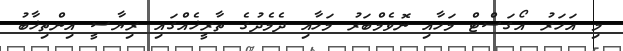
މި އަހަރު އޯގަސްޓް މަހާއި ނޮވެމްބަރު މަހާއި ދެމެދުގެ ތާރީޚެއްގައި ރިޔާސީ އިންތިޚާބު